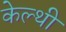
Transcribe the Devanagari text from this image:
केल्थी